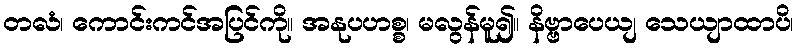
တလံ၊ ကောင်းကင်အပြင်ကို။ အနုပဟစ္စ၊ မလွန်မူ၍။ နိဗ္ဗာပေယျ သေယျာထာပိ၊